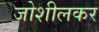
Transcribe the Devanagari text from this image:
जोशीलकर